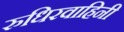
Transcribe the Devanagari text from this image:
रुधिरवाहिनी